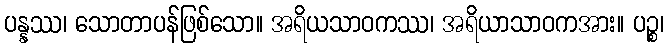
ပန္နဿ၊ သောတာပန်ဖြစ်သော။ အရိယသာဝကဿ၊ အရိယာသာဝကအား။ ပဉ္စ၊